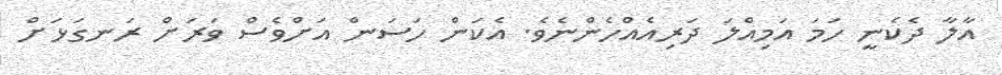
އާލާ ދެކެނީ ހަމަ އަމިއްލަ ދަރިއެއްހެންނެވެ. އެކަން ހަސަން އަށްވެސް ވަރަށް ރަނގަޅަށް